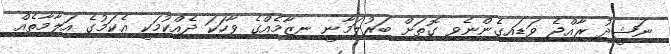
ނަޝީދު ރާއްޖެ ވަޑައިގެންނެވި ގޮތަށް ބަރުލަމާނީ ނިޒާމެއްގެ ވާހަކަ ދެއްކުމަކީ އެކަމުގެ އަލާމާތެއް